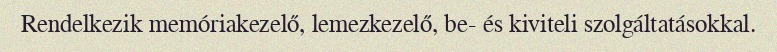
Rendelkezik memóriakezelő, lemezkezelő, be- és kiviteli szolgáltatásokkal.